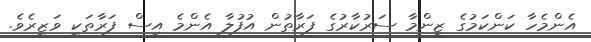
އެންމެހާ ކަންކަމުގެ ޒިންމާ ސަރުކާރުގެ ފަރާތުން އުފުލާ އެންމެ އިސް ފަރާތަކީ ވަޒީރެވެ.